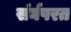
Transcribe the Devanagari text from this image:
संर्घषरत